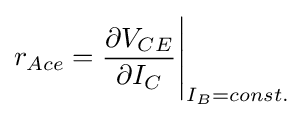
r_{Ace}={\frac {\partial {V_{CE}}}{\partial {I_{C}}}}{\Bigg |}_{I_{B}=const.}